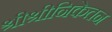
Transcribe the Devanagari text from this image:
श्रीश्रीनिकेतन